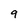
Character: 9